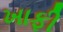
ખાફી